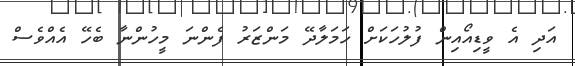
އަދި އެ ވީޑިއޯއިން ފުލުހަކަށް ހަމަލާދޭ މަންޒަރު ފެންނަ މީހުންނާ ބެހޭ އެއްވެސް